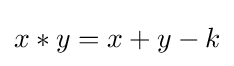
x*y=x+y-k